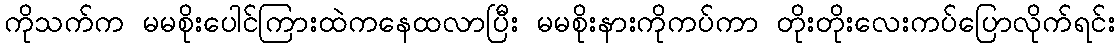
ကိုသက်က မမစိုးပေါင်ကြားထဲကနေထလာပြီး မမစိုးနားကိုကပ်ကာ တိုးတိုးလေးကပ်ပြောလိုက်ရင်း